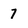
Character: 7